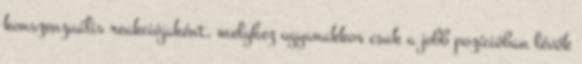
konszenzuális reakciójaként, melyhez ugyanakkor csak a jobb pozícióban lévők